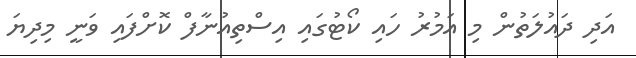
އަދި ދައުލަތުން މި އަމުރު ހައި ކޯޓުގައި އިސްތިއުނާފް ކޮށްފައި ވަނީ މިދިޔަ